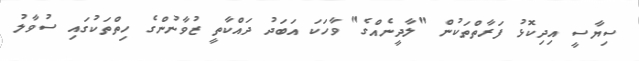
ސިޔާސީ އިދިކޮޅު ފަރާތްތަކުން "ލާދީނެއްގެ" ވާހަކަ އަބަދު ދައްކާތީ ޒުވާނުންގެ ހިތްތަކުގައި ސުވާލު